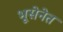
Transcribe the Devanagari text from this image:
भूसेनेत